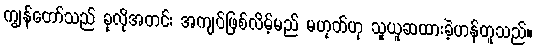
ကျွန်တော်သည် ခုလိုအတင်း အကျပ်ဖြစ်လိမ့်မည် မဟုတ်ဟု သူယူဆထားခဲ့ဟန်တူသည်။